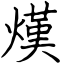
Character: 熯